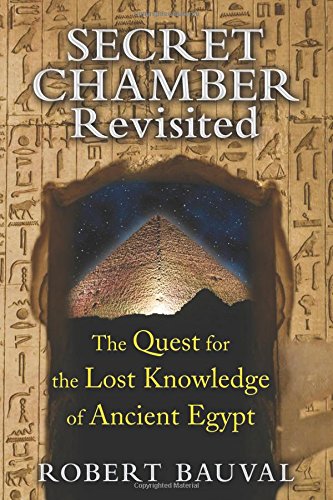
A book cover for Secret Chamber Revisited: The Quest for the Lost Knowledge of Ancient Egypt; Robert Bauval; History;